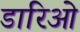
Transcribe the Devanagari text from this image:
डारिओ